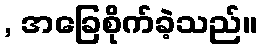
, အခြေစိုက်ခဲ့သည်။